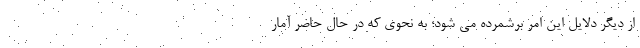
از دیگر دلایل این امر برشمرده می شود؛ به نحوی که در حال حاضر آمار